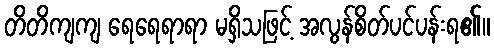
တိတိကျကျ ရေရေရာရာ မရှိသဖြင့် အလွန်စိတ်ပင်ပန်းရ၏။